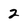
Character: 2